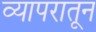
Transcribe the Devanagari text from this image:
व्यापरातून